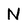
Character: N